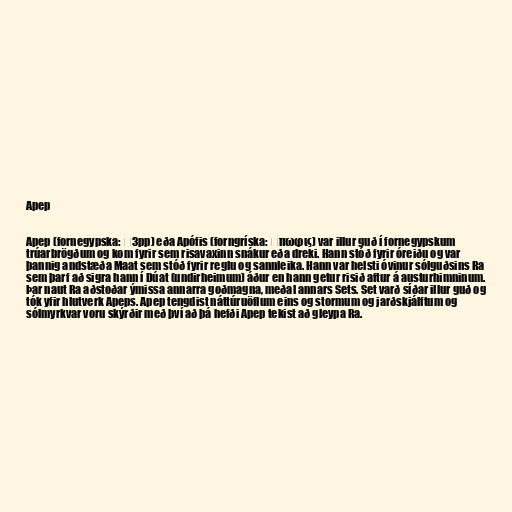
Apep

Apep (fornegypska: ˁ3pp) eða Apófis (forngríska: Ἄπωφις) var illur guð í fornegypskum
trúarbrögðum og kom fyrir sem risavaxinn snákur eða dreki. Hann stóð fyrir óreiðu og var
þannig andstæða Maat sem stóð fyrir reglu og sannleika. Hann var helsti óvinur sólguðsins Ra
sem þarf að sigra hann í Dúat (undirheimum) áður en hann getur risið aftur á austurhimninum.
Þar naut Ra aðstoðar ýmissa annarra goðmagna, meðal annars Sets. Set varð síðar illur guð og
tók yfir hlutverk Apeps. Apep tengdist náttúruöflum eins og stormum og jarðskjálftum og
sólmyrkvar voru skýrðir með því að þá hefði Apep tekist að gleypa Ra.